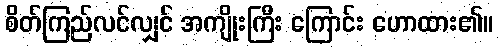
စိတ်ကြည်လင်လျှင် အကျိုးကြီး ကြောင်း ဟောထား၏။